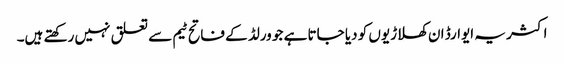
اکثر یہ ایوارڈ ان کھلاڑیوں کو دیا جاتا ہے جو ورلڈ کے فاتح ٹیم سے تعلق نہیں رکھتے ہیں۔